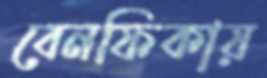
বেনফিকায়